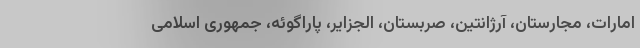
امارات، مجارستان، آرژانتین، صربستان، الجزایر، پاراگوئه، جمهوری اسلامی